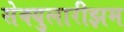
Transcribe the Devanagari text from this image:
सेक्युलारीझम